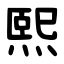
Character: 熙